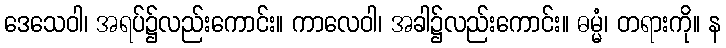
ဒေသေဝါ၊ အရပ်၌လည်းကောင်း။ ကာလေဝါ၊ အခါ၌လည်းကောင်း။ ဓမ္မံ၊ တရားကို။ န